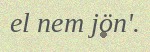
el nem jön'.